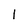
Character: 1